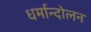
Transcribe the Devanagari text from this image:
धर्मान्दोलन